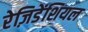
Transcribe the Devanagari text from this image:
रेज़िडेंशियल